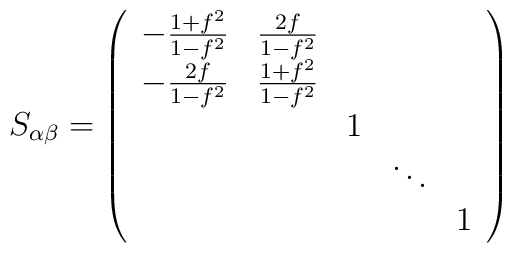
S_{\alpha\beta} =  \left( \begin{array}{ccccc}            -\frac{1 + f^2}{1-f^2}  & \frac{2f}{1-f^2}& & &  \\                       -\frac{2f}{1-f^2} & \frac{1+f^2}{1-f^2} & & & \\			 & & 1 & &  \\			 & & &\ddots &  \\			 & & & & 1			 \end{array} \right)